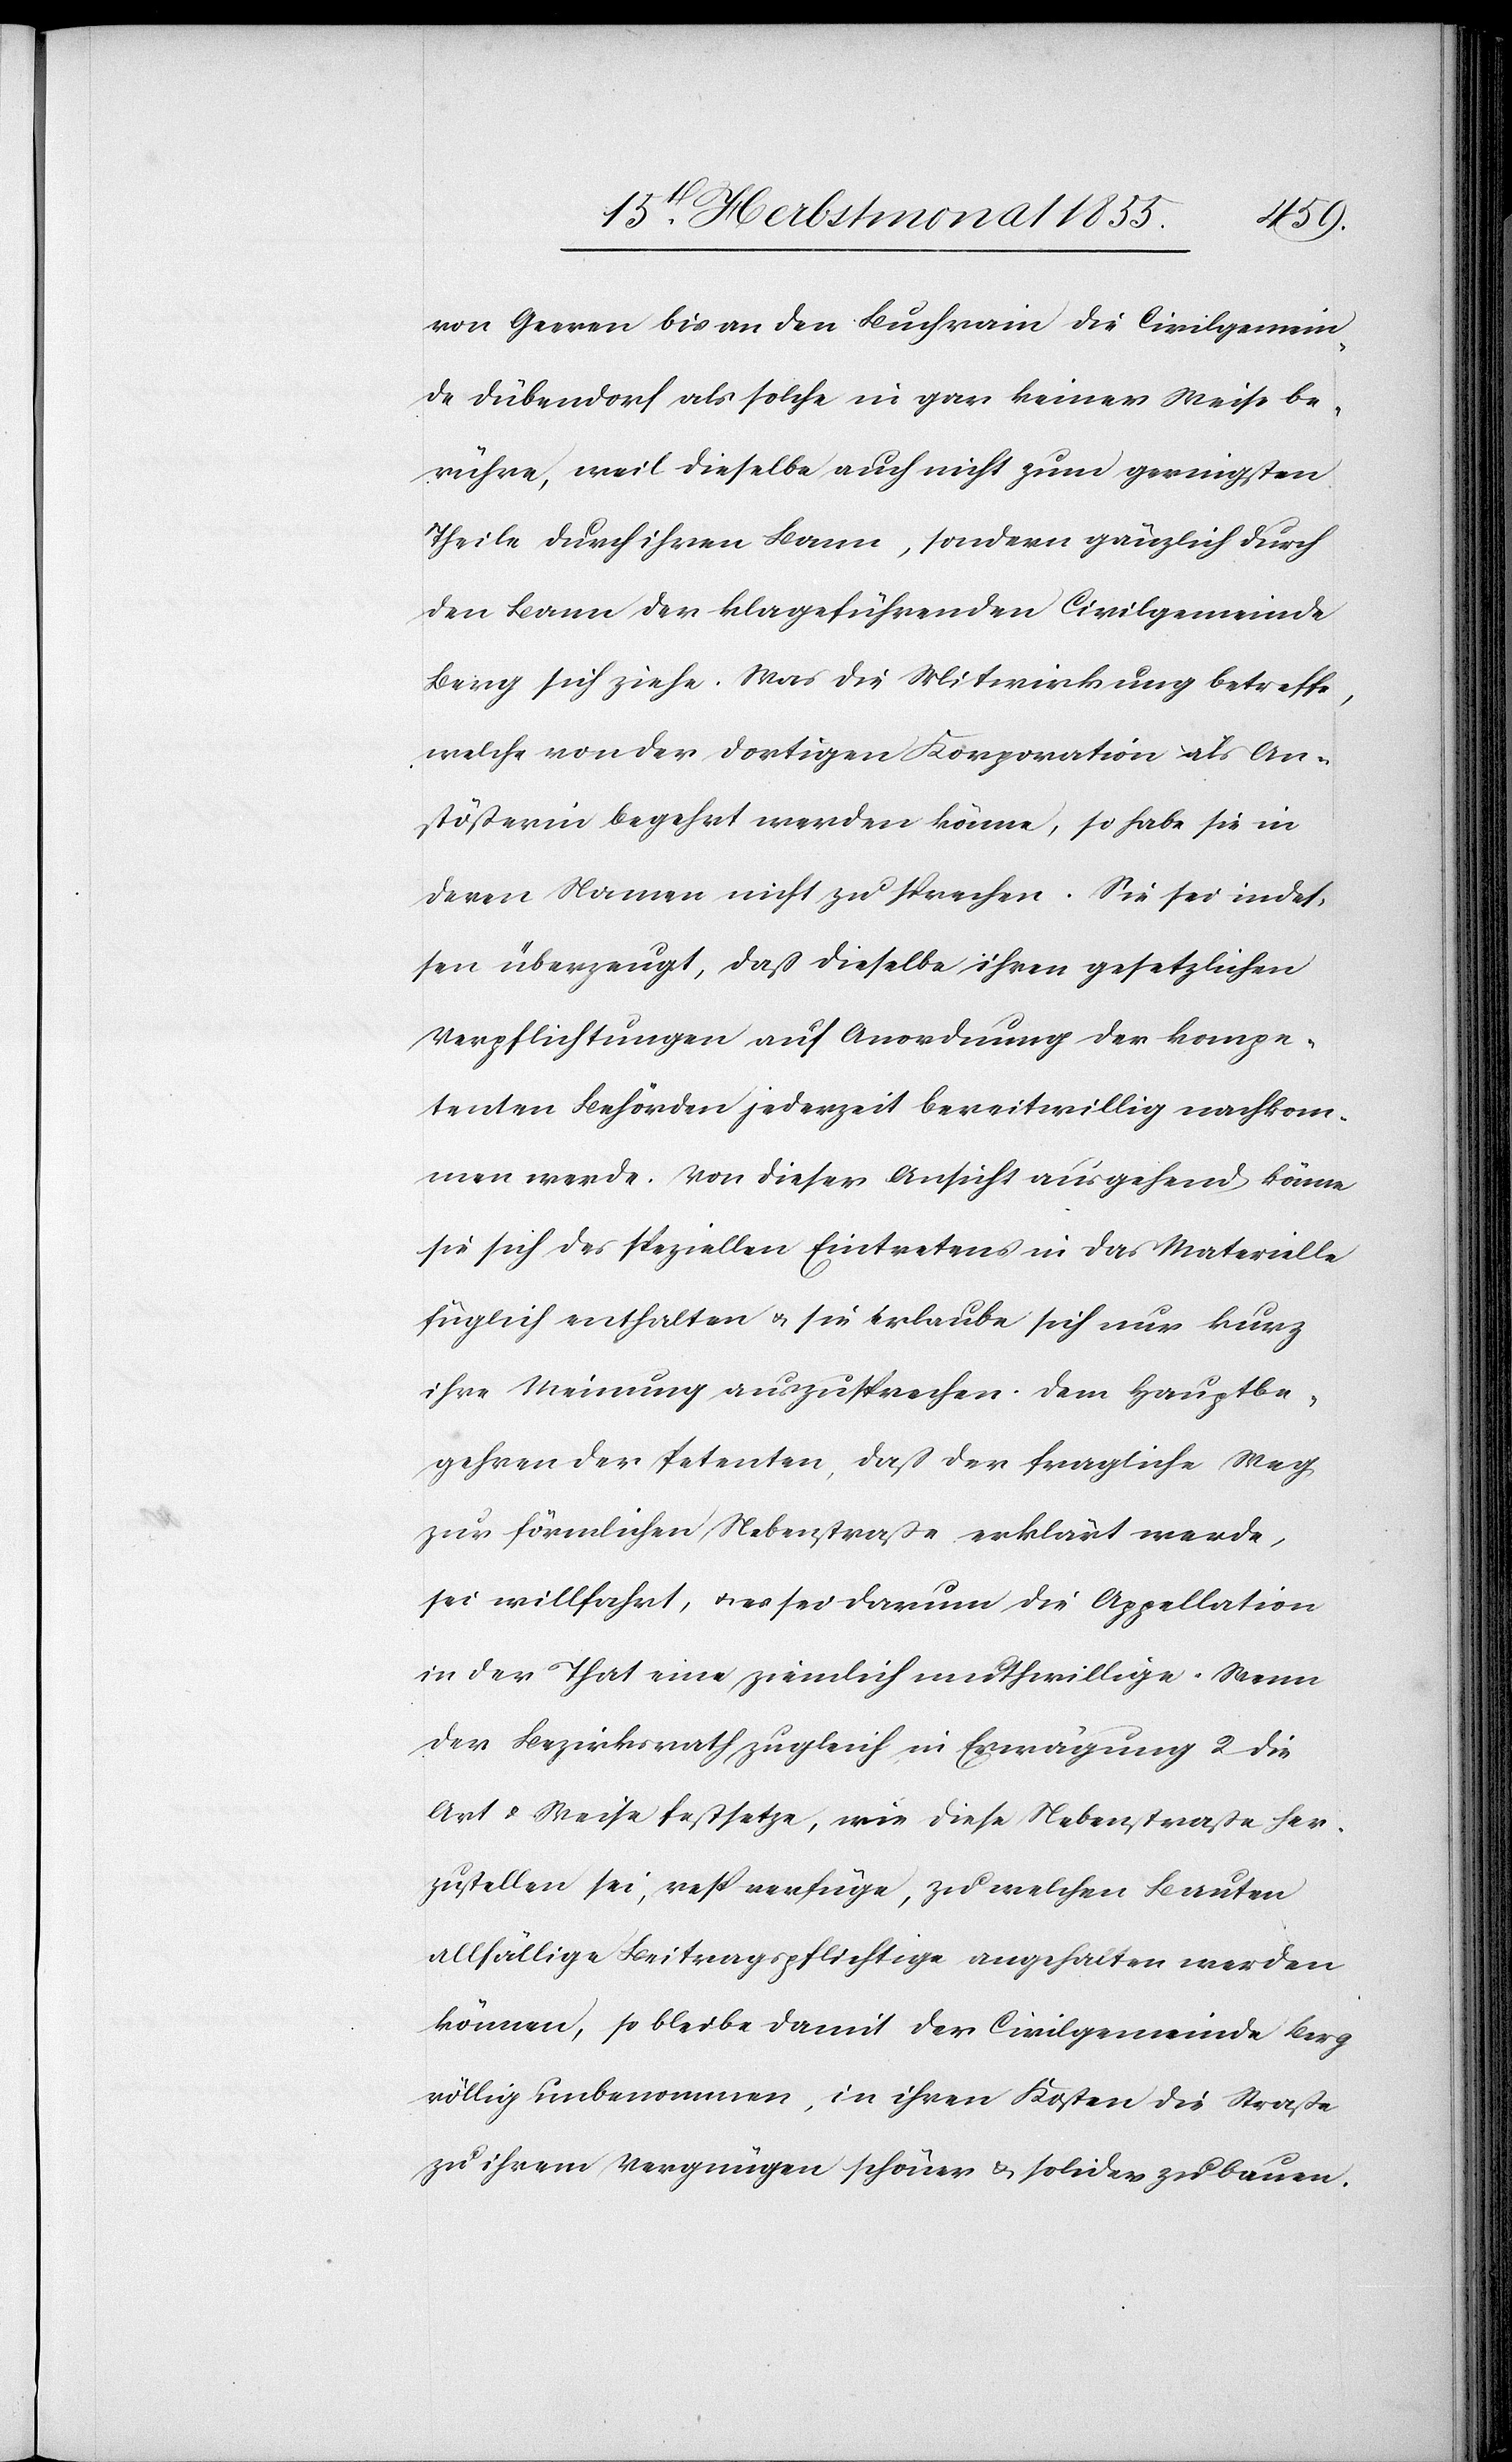
von Geeren bis an den Buchrain die Civilgemein¬
de Dübendorf als solche in gar keiner Weise be¬
rühre, weil dieselbe auch nicht zum geringsten
Theile durch ihren Bann, sondern gänzlich durch
den Bann der klageführenden Civilgemeinde
Berg sich ziehe. Was die Mitwirkung betreffe,
welche von der dortigen Korporation als An¬
stößerin begehrt werden könne, so habe sie in
deren Namen nicht zu sprechen. Sie sei indes¬
sen überzeugt, daß dieselbe ihren gesetzlichen
Verpflichtungen auf Anordnung der kompe¬
tenten Behörden jederzeit bereitwillig nachkom¬
men werde. Von dieser Ansicht ausgehend könne
sie sich des speziellen Eintretens in das Materielle
füglich enthalten & sie erlaube sich nur kurz
ihre Meinung auszusprechen. Dem Hauptbe¬
gehren der Petenten, daß der fragliche Weg
zur förmlichen Nebenstraße erklärt werde,
sei willfahrt, & es sei darum die Appellation
in der That eine ziemlich muthwillige. Wenn
der Bezirksrath zugleich in Erwägung 2 die
Art & Weise festsetze, wie diese Nebenstraße her¬
zustellen sei, resp. verfüge, zu welchen Bauten
allfällige Beitragspflichtige angehalten werden
können, so bleibe damit der Civilgemeinde Berg
völlig unbenommen, in ihren Kosten die Straße
zu ihrem Vergnügen schöner & solider zu bauen.